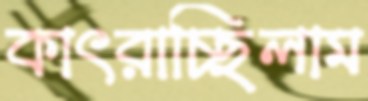
কাৎরাচ্ছিলাম